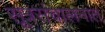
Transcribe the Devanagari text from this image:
सूत्रसंचालनात